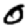
Digit: 0